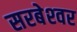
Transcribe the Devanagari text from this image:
सरबेश्‍वर